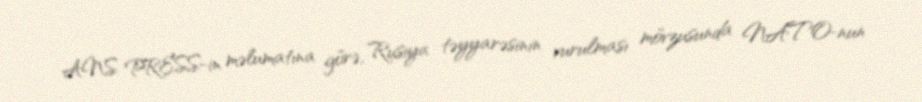
ANS PRESS-in məlumatına görə, Rusiya təyyarəsinin vurulması mövzusunda NATO-nun